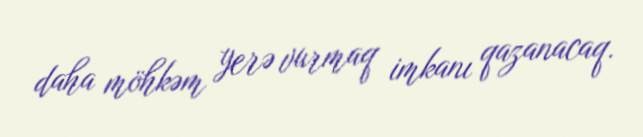
daha möhkəm yerə vurmaq imkanı qazanacaq.